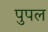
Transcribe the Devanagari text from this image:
पुपल